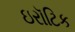
ઇરૉટિક